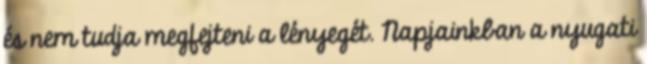
és nem tudja megfejteni a lényegét. Napjainkban a nyugati